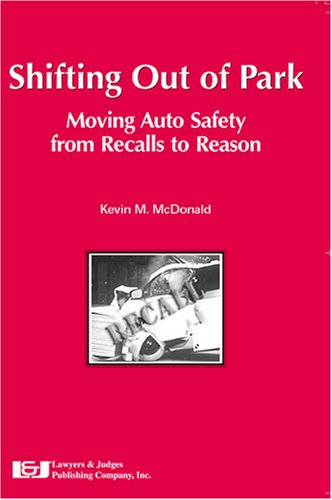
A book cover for Shifting Out of Park; Kevin M. McDonald; Law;